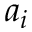
a _ { i }